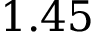
1 . 4 5